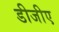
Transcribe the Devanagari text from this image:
डीजीए